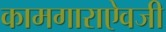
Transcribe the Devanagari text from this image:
कामगाराऐवजी